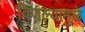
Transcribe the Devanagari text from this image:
विणल्यामुळे